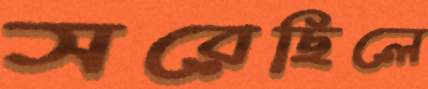
সরেছিলে